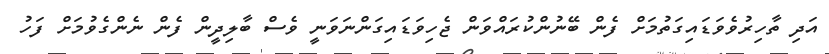
އަދި ތާހިރުވެވަޑައިގަތުމަށް ފެން ބޭނުންކުރައްވަން ޖެހިވަޑައިގަންނަވަނީ ވެސް ބާލިދީން ފެން ނެންގެވުމަށް ފަހު